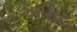
અમિટ